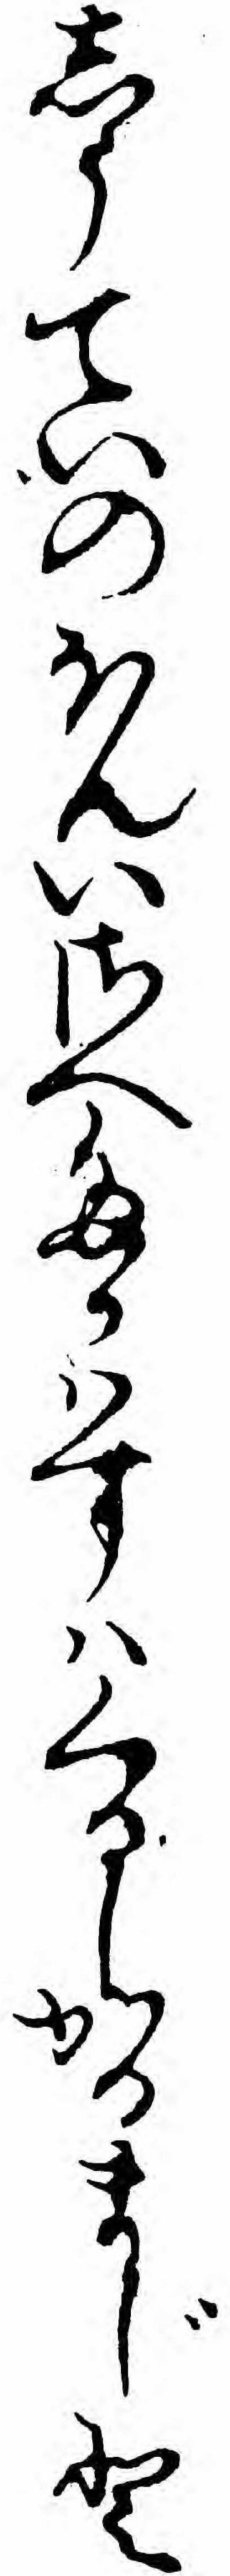
しうていのほんいさへたかハすハくるしかるまじと